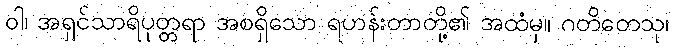
ဝါ၊ အရှင်သာရိပုတ္တရာ အစရှိသော ရဟန်းတာတို့၏ အထံမှ။ ဂတိတေသု၊